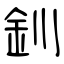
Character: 釧